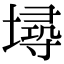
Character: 𡏷